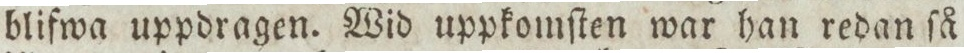
blifwa uppdragen. Wid uppkomſten war han redan ſå